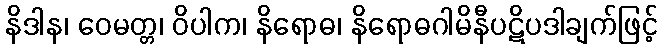
နိဒါန၊ ဝေမတ္တ၊ ဝိပါက၊ နိရောဓ၊ နိရောဓဂါမိနီပဋိပဒါချက်ဖြင့်